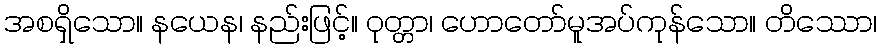
အစရှိသော။ နယေန၊ နည်းဖြင့်။ ဝုတ္တာ၊ ဟောတော်မူအပ်ကုန်သော။ တိဿော၊